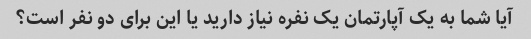
آیا شما به یک آپارتمان یک نفره نیاز دارید یا این برای دو نفر است؟